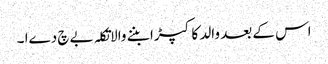
اس کے بعد والد کا کپڑا بننے والاتکلہ بےچ دےا ۔